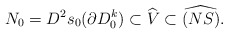
\begin{align*}N_0=D^2s_0(\partial D^k_0)\subset \widehat{V}\subset \widehat{(NS)}.\end{align*}